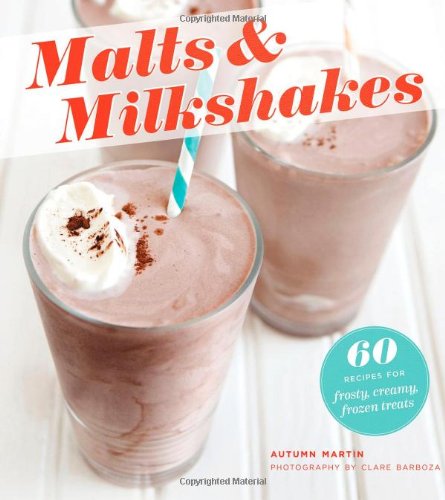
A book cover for Malts & Milkshakes: 60 Recipes for Frosty, Creamy Frozen Treats; Autumn Martin; Cookbooks, Food & Wine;